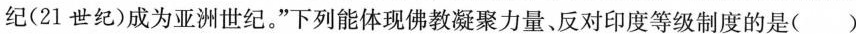
(21世纪)成为亚洲世纪。”下列能体现佛教凝聚力量、反对印度等级制度的是( )